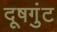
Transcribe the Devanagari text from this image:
दूषगुंट